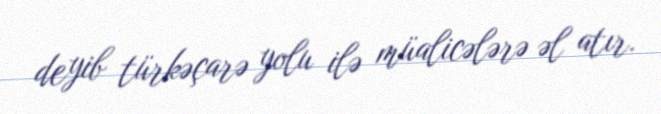
deyib türkəçarə yolu ilə müalicələrə əl atır.